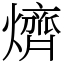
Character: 㸄